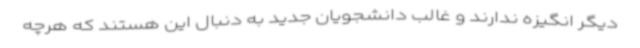
دیگر انگیزه ندارند و غالب دانشجویان جدید به دنبال این هستند که هرچه